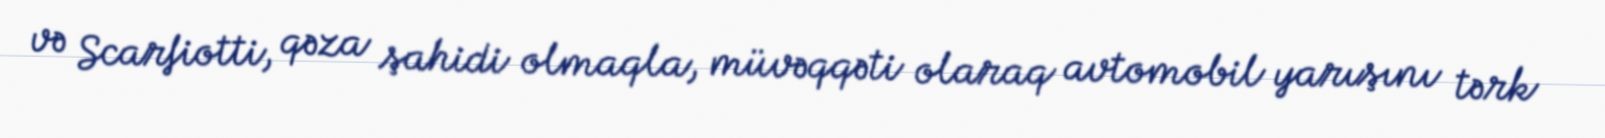
və Scarfiotti, qəza şahidi olmaqla, müvəqqəti olaraq avtomobil yarışını tərk